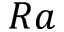
R a